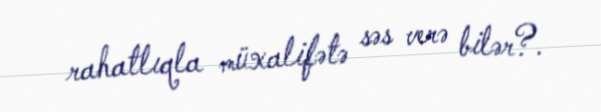
rahatlıqla müxalifətə səs verə bilər?.